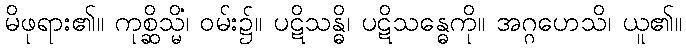
မိဖုရား၏။ ကုစ္ဆိသ္မိံ၊ ဝမ်း၌။ ပဋိသန္ဓိ၊ ပဋိသန္ဓေကို။ အဂ္ဂဟေသိ၊ ယူ၏။